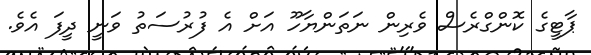
ޕާޓީގެ ކޮންގްރެސް ވެރިން ނަތަންޔާހޫ އަށް އެ ފުރުސަތު ވަނީ ދީފަ އެވެ.